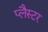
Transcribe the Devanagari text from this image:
प्लैस्टर